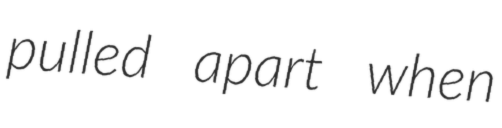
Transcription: pulled apart when